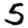
Digit: 5